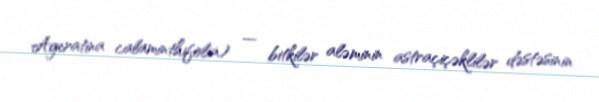
Ageratina calaminthifolia) — bitkilər aləminin astraçiçəklilər dəstəsinin